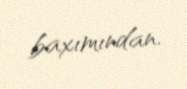
baxımından.